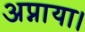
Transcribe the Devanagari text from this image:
अप्नाया।